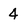
Character: 4